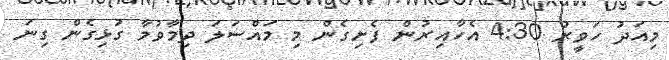
މިއަދު ހަވީރު 4:30 އެހާއިރުން ފެށިގެން މި މައްސަލަ ދިމާވުމާ ގުޅިގެން ގިނަ